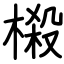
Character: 樧